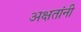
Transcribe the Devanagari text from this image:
अक्षतांनी